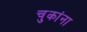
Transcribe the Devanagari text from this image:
चुकांना